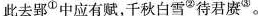
此去郢Φ中应有赋，千秋白雪②待君赓⑤